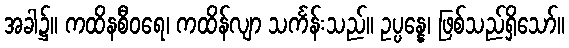
အခါ၌။ ကထိနစီဝရေ၊ ကထိန်လျာ သင်္ကန်းသည်။ ဥပ္ပန္နေ၊ ဖြစ်သည်ရှိသော်။